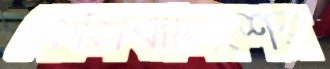
কোলবালিশের